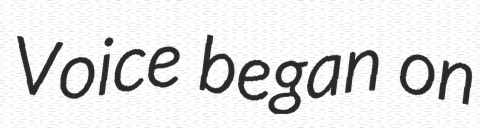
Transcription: Voice began on